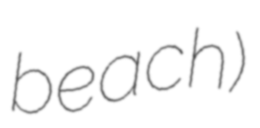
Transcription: beach)